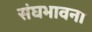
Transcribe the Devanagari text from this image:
संघभावना